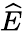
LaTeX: \widehat{E}